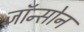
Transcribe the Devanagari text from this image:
जॉन्सोन